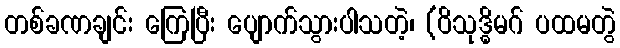
တစ်ခဏချင်း ကြေပြီး ပျောက်သွားပါသတဲ့၊ (ဝိသုဒ္ဓိမဂ် ပထမတွဲ